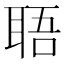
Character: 䎸